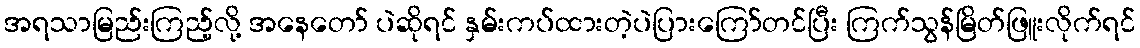
အရသာမြည်းကြည့်လို့ အနေတော် ပဲဆိုရင် နှမ်းကပ်ထားတဲ့ပဲပြားကြော်တင်ပြီး ကြက်သွန်မြိတ်ဖြူးလိုက်ရင်